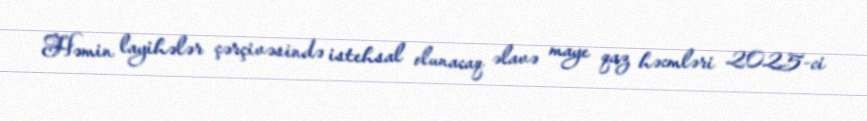
Həmin layihələr çərçivəsində istehsal olunacaq əlavə maye qaz həcmləri 2025-ci